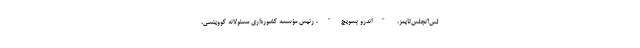
لس‌آنجلس‌تایمز، "اندرو بسویچ"، رئیس مؤسسه کشورداری مسئولانه کووینسی،